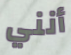
أنني